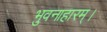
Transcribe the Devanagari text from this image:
भुवनाहारम्‌।